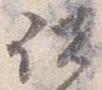
諸